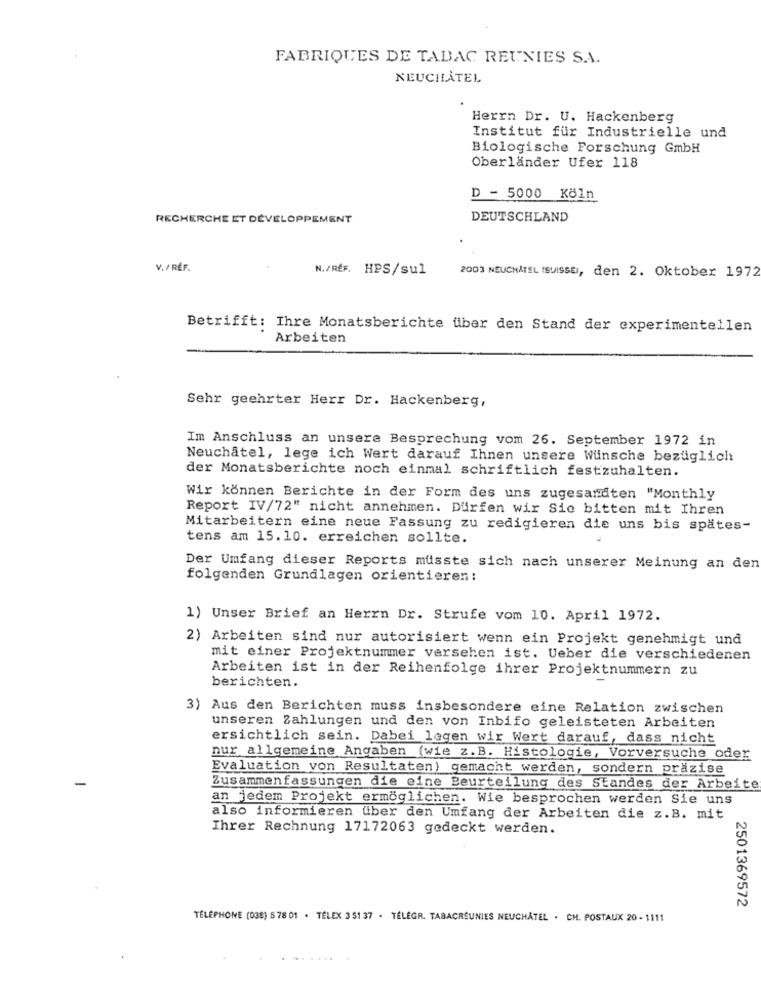
FABRIQUES DE TABAC REUNIES S.A.
NEUCHATEL
Herrn Dr. U. Hackenberg
Institut für Industrielle und
Biologische Forschung GmbH
Oberländer Ufer 118
D - 5000 Köln
RECHERCHE ET DÉVELOPPEMENT
DEUTSCHLAND
V. / RÉF.
N./RÉF. HPS/sul
2003 NEUCHATEL (SUISSE, den 2. Oktober 1972
Betrifft: Ihre Monatsberichte über den Stand der experimentellen
Arbeiten
Sehr geehrter Herr Dr. Hackenberg,
Im Anschluss an unsere Besprechung vom 26. September 1972 in
Neuchâtel, lege ich Wert darauf Ihnen unsere Wünsche bezüglich
der Monatsberichte noch einmal schriftlich festzuhalten.
Wir können Berichte in der Form des uns zugesandten "Monthly
Report IV/72" nicht annehmen. Dürfen wir Sie bitten mit Ihren
Mitarbeitern eine neue Fassung zu redigieren die uns bis spätes-
tens am 15.10. erreichen sollte.
Der Umfang dieser Reports musste sich nach unserer Meinung an den
folgenden Grundlagen orientieren:
1) Unser Brief an Herrn Dr. Strufe vom 10. April 1972.
2) Arbeiten sind nur autorisiert wenn ein Projekt genehmigt und
mit einer Projektnummer versehen ist. Ueber die verschiedenen
Arbeiten ist in der Reihenfolge ihrer Projektnummern zu
berichten.
3) Aus den Berichten muss insbesondere eine Relation zwischen
unseren Zahlungen und den von Inbifo geleisteten Arbeiten
ersichtlich sein. Dabei legen wir Wert darauf, dass nicht
nur allgemeine Angaben (wie z.B. Histologie, Vorversuche oder
Evaluation von Resultaten) gemacht werden, sondern präzise
Zusammenfassungen die eine Beurteilung des Standes der Arbeite
an jedem Projekt ermöglichen. Wie besprochen werden Sie uns
also informieren über den Umfang der Arbeiten die z.B. mit
Ihrer Rechnung 17172063 gedeckt werden.
2501369572
TÉLÉPHONE (038) 5 78 01 . TÉLEX 3 51 37 - TELEGR. TABACRÉUNIES NEUCHATEL . CH. POSTAUX 20 - 1111